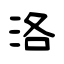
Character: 洛